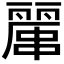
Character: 𠁖